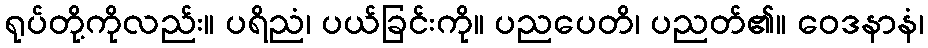
ရုပ်တို့ကိုလည်း။ ပရိညံ၊ ပယ်ခြင်းကို။ ပညပေတိ၊ ပညတ်၏။ ဝေဒနာနံ၊